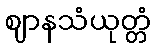
ဈာနသံယုတ္တံ